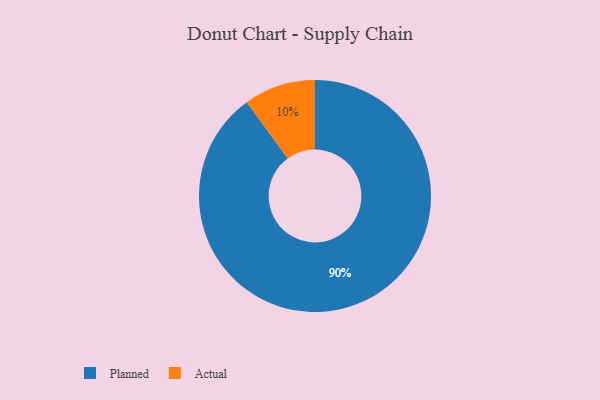
{"axis": {"x": "Category", "y": "Percentage"}, "legend": ["Actual", "Planned"], "data": [{"x": "Planned", "y": 90, "type": "Planned"}, {"x": "Actual", "y": 10, "type": "Actual"}]}